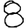
Digit: 8